Vaccination North-Western Provinces and Oudh 1878-1895 - 1878-1895
Year: 1878
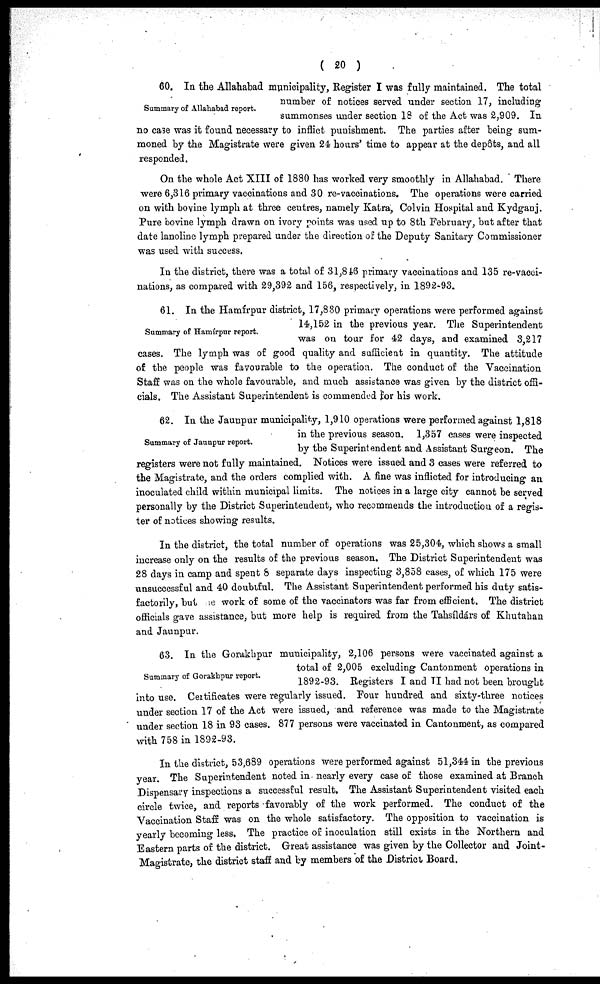
( 20 )
Summary of Allahabad report.
60. In the Allahabad municipality, Register I was fully maintained. The total
number of notices served under section 17, including
summonses under section 18 of the Act was 2,909. In
no case was it found necessary to inflict punishment. The parties after being sum-
moned by the Magistrate were given 24 hours' time to appear at the depôts, and all
responded.
On the whole Act XIII of 1880 has worked very smoothly in Allahabad. There
were 6,316 primary vaccinations and 30 re-vaccinations. The operations were carried
on with bovine lymph at three centres, namely Katra, Colvin Hospital and Kydganj
Pure bovine lymph drawn on ivory points was used up to 8th February, but after that
date lanoline lymph prepared under the direction of the Deputy Sanitary Commissioner
was used with success.
In the district, there was a total of 31,846 primary vaccinations and 135 re-vacci-
nations, as compared with 29,392 and 156, respectively, in 1892-93.
Summary of Hamírpur report.
61. In the Hamírpur district, 17,830 primary operations were performed against
14,152 in the previous year. The Superintendent
was on tour for 42 days, and examined 3,217
cases. The lymph was of good quality and sufficient in quantity. The attitude
of the people was favourable to the operation. The conduct of the Vaccination
Staff was on the whole favourable, and much assistance was given by the district offi-
cials. The Assistant Superintendent is commended for his work.
Summary of Jaunpur report.
62. In the Jaunpur municipality, 1,910 operations were performed against 1,818
in the previous season. 1,357 cases were inspected
by the Superintendent and Assistant Surgeon. The
registers were not fully maintained. Notices were issued and 3 cases were referred to
the Magistrate, and the orders complied with. A fine was inflicted for introducing an
inoculated child within municipal limits. The notices in a large city cannot be served
personally by the District Superintendent, who recommends the introduction of a regis-
ter of notices showing results.
In the district, the total number of operations was 25,304, which shows a small
increase only on the results of the previous season. The District Superintendent was
28 days in camp and spent 8 separate days inspecting 3,858 cases, of which 175 were
unsuccessful and 40 doubtful. The Assistant Superintendent performed his duty satis-
factorily, but be work of some of the vaccinators was far from efficient. The district
officials gave assistance, but more help is required from the Tahsíldárs of Khutahan
and Jaunpur.
Summary of Gorakhpur report.
63. In the Gorakhpur municipality, 2,106 persons were vaccinated against a
total of 2,005 excluding Cantonment operations in
1892-93. Registers I and II had not been brought
into use. Certificates were regularly issued. Four hundred and sixty-three notices
under section 17 of the Act were issued, and reference was made to the Magistrate
under section 18 in 93 cases. 877 persons were vaccinated in Cantonment, as compared
with 758 in 1892-93.
In the district, 53,689 operations were performed against 51,344 in the previous
year. The Superintendent noted in nearly every case of those examined at Branch
Dispensary inspections a successful result. The Assistant Superintendent visited each
circle twice, and reports favorably of the work performed. The conduct of the
Vaccination Staff was on the whole satisfactory. The opposition to vaccination is
yearly becoming less. The practice of inoculation still exists in the Northern and
Eastern parts of the district. Great assistance was given by the Collector and Joint-
Magistrate, the district staff and by members of the District Board.